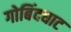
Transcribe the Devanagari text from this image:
गोबिंदघाट